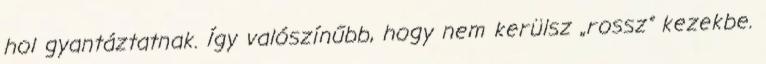
hol gyantáztatnak. Így valószínűbb, hogy nem kerülsz „rossz” kezekbe.